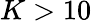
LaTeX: K>10